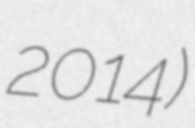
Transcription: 2014)